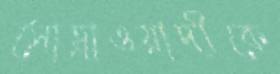
সোহ্রাওয়ার্দীকে